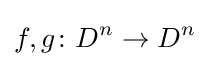
f,g\colon D^{n}\to D^{n}